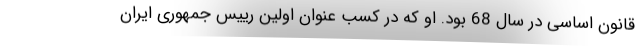
قانون اساسی در سال 68 بود. او که در کسب عنوان اولین رییس جمهوری ایران